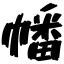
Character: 幡